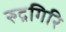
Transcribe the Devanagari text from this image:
रुद्रगिरि